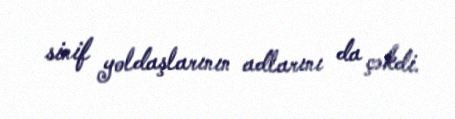
sinif yoldaşlarının adlarını da çəkdi.